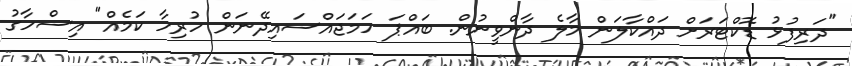
"ދަރިފުޅު ޑޮކްޓަރަށް ދައްކާލަން މާލެ ދާންވީނުން. ބައްޕަ ހަމަޖައްސައިދޭނަން ހުރިހާ ކަމެއް" އިސްހާގު